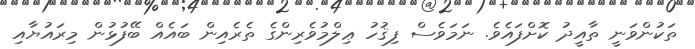
ތަކުންވަނީ ތާއީދު ކޮށްފައެވެ. ނަމަވެސް ފިޤުހު ޢިލްމުވެރިންގެ ތެރެއިން ބައެއް ބޭފުޅުން މިރައުޔާއި